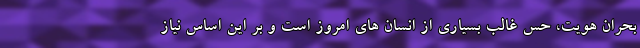
بحران هویت، حس غالب بسیاری از انسان های امروز است و بر این اساس نیاز